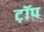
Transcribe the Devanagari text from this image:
ट़ॉप